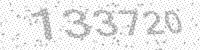
Solution: 133720